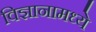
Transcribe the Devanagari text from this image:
विज्ञानामध्ये